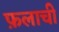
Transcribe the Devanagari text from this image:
फ़लाची